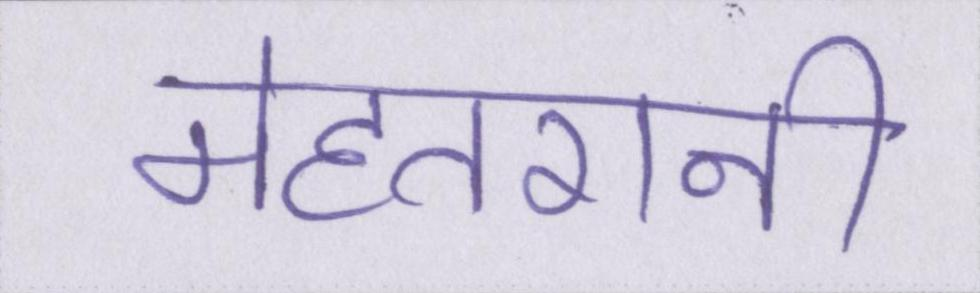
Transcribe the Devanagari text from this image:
मेहतरानी